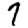
Digit: 7